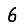
Digit: 6